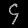
Digit: ၄